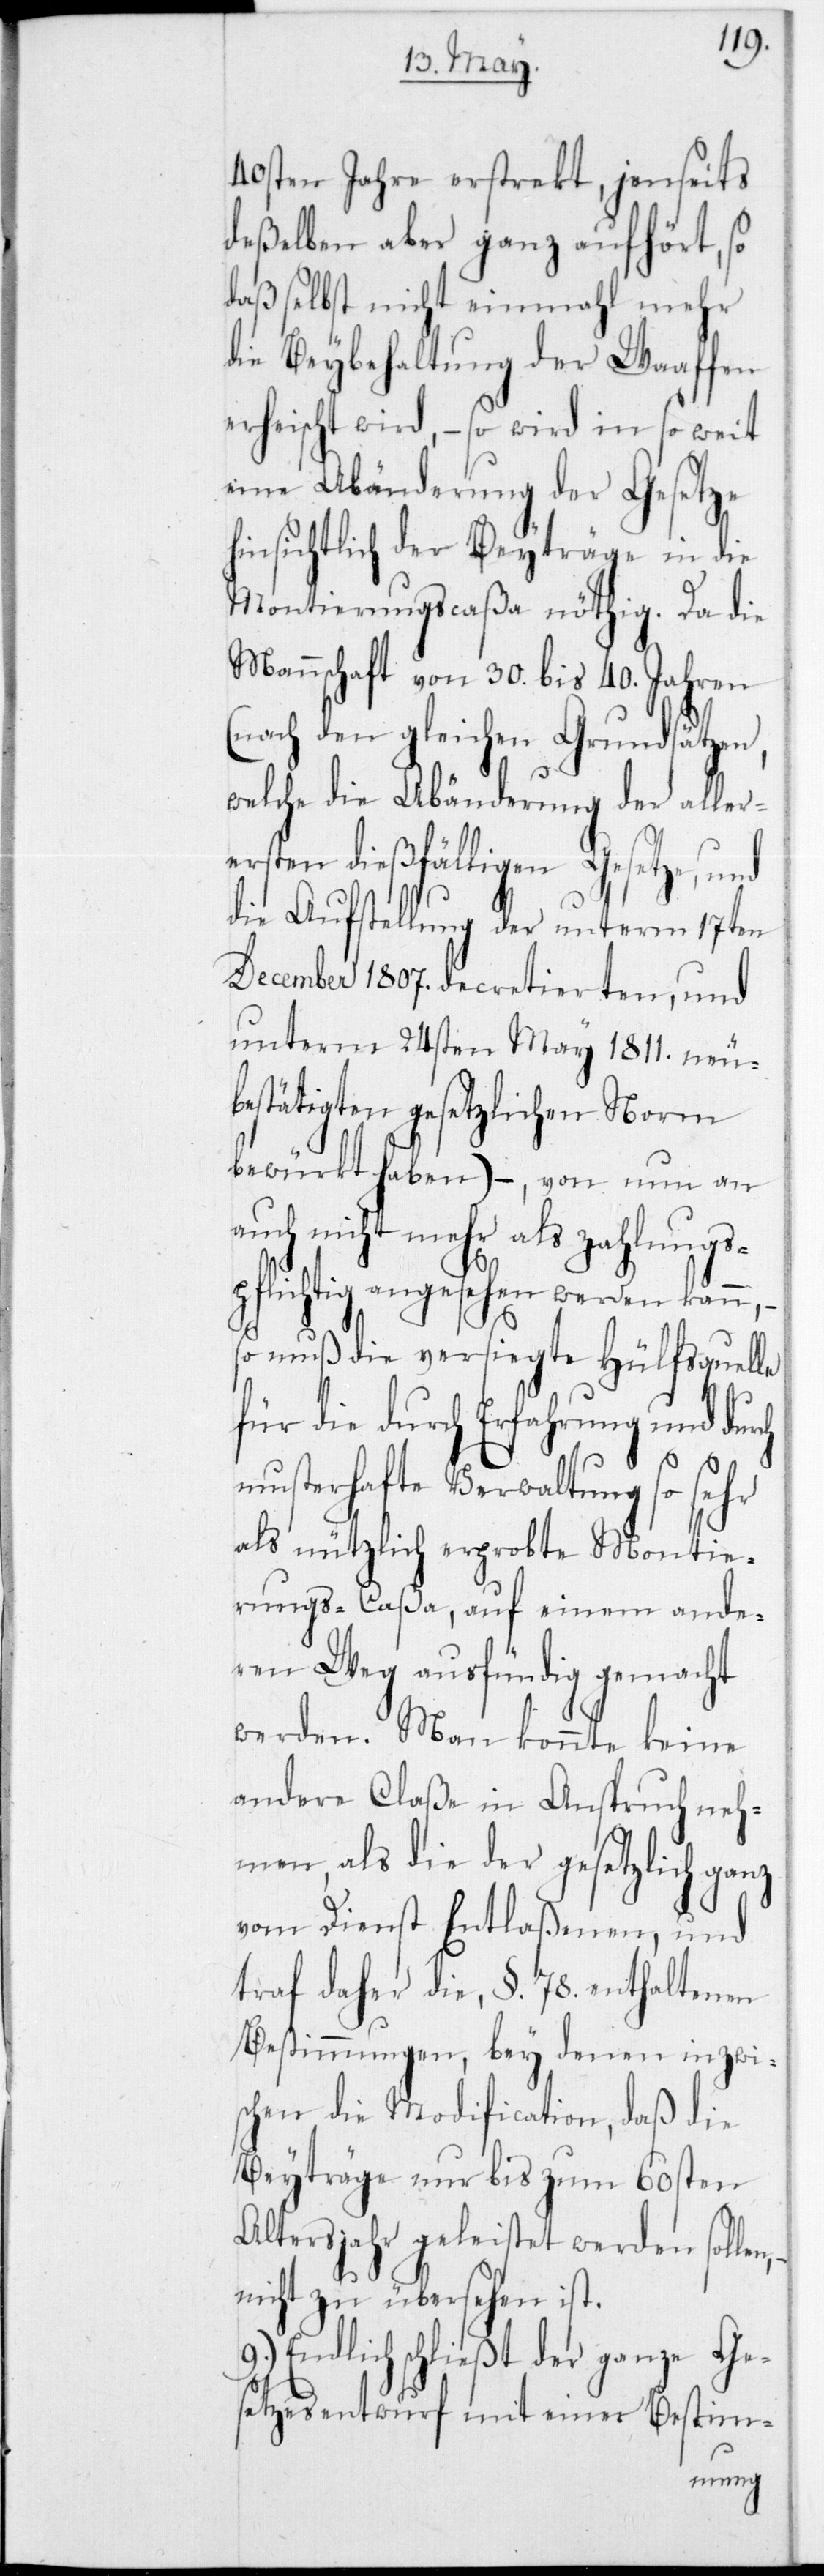
40sten Jahre erstrekt, jenseits
deßelben aber ganz aufhört, so
daß selbst nicht einmahl mehr
die Beybehaltung der Waffen
erheischt wird, – so wird in so weit
eine Abänderung der Gesetze
hinsichtlich der Beyträge in die
Montierungscaßa nöthig. Da die
Mannschaft von 30 bis 40 Jahren
(nach den gleichen Grundsätzen,
welche die Abänderung der aller¬
ersten dießfälligen Gesetze, und
die Aufstellung der unterm 17ten
December 1807 decretierten, und
unterm 24sten May 1811 neu¬
bestätigten gesetzlichen Norm
bewürkt haben) –, von nun an
auch nicht mehr als zahlungs¬
pflichtig angesehen werden kann,
so muß die versiegte Hülfsquelle
für die durch Erfahrung und
musterhafte Verwaltung so sehr
als nützlich erprobte Montie¬
rungs-Caßa, auf einem ande¬
ren Weg ausfündig gemacht
werden. Man konnte keine
andere Claße in Anspruch neh¬
men, als die der gesetzlich ganz
vom Dienst Entlaßenen, und
traf daher die, § 78 enthaltenen
Bestimmungen, bey denen inzwi¬
schen die Modification, daß die
Beyträge nur bis zum 60sten
Altersjahr geleistet werden solle¬
nicht zu übersehen ist.
9.) Endlich schließt der ganze Ge¬
setzesentwurf mit einer Bestim-
n,